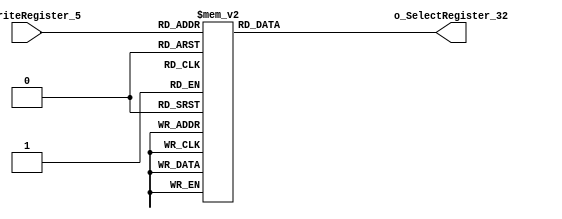
/******************************************************************
* Description
*	This a decoder used in the register file.
*	1.0
* Authors:
*	Mariana Chvez Medina
*	Daro Arias Muoz
* Date:
*	07/04/2020
******************************************************************/
module DecoderRegisterFile
(
	input [4:0] in_WriteRegister_5,
	output [31:0] o_SelectRegister_32
);
reg [31:0] r_SelectRegister_32;

always@(*)begin
	case(in_WriteRegister_5)
		0:    r_SelectRegister_32 = 32'b 0000_0000_0000_0000_0000_0000_0000_0001;
		1:	  r_SelectRegister_32 = 32'b 0000_0000_0000_0000_0000_0000_0000_0010;
		2:	  r_SelectRegister_32 = 32'b 0000_0000_0000_0000_0000_0000_0000_0100;
		3:	  r_SelectRegister_32 = 32'b 0000_0000_0000_0000_0000_0000_0000_1000;
		4:	  r_SelectRegister_32 = 32'b 0000_0000_0000_0000_0000_0000_0001_0000;		
		5:	  r_SelectRegister_32 = 32'b 0000_0000_0000_0000_0000_0000_0010_0000;
		6:	  r_SelectRegister_32 = 32'b 0000_0000_0000_0000_0000_0000_0100_0000;
		7:	  r_SelectRegister_32 = 32'b 0000_0000_0000_0000_0000_0000_1000_0000;
		8:	  r_SelectRegister_32 = 32'b 0000_0000_0000_0000_0000_0001_0000_0000;
		9:	  r_SelectRegister_32 = 32'b 0000_0000_0000_0000_0000_0010_0000_0000;
		10:   r_SelectRegister_32 = 32'b 0000_0000_0000_0000_0000_0100_0000_0000;
		11:   r_SelectRegister_32 = 32'b 0000_0000_0000_0000_0000_1000_0000_0000;
		12:   r_SelectRegister_32 = 32'b 0000_0000_0000_0000_0001_0000_0000_0000;
		13:   r_SelectRegister_32 = 32'b 0000_0000_0000_0000_0010_0000_0000_0000;
		14:   r_SelectRegister_32 = 32'b 0000_0000_0000_0000_0100_0000_0000_0000;
		15:   r_SelectRegister_32 = 32'b 0000_0000_0000_0000_1000_0000_0000_0000;
		16:   r_SelectRegister_32 = 32'b 0000_0000_0000_0001_0000_0000_0000_0000;
		17:   r_SelectRegister_32 = 32'b 0000_0000_0000_0010_0000_0000_0000_0000;
		18:   r_SelectRegister_32 = 32'b 0000_0000_0000_0100_0000_0000_0000_0000;
		19:   r_SelectRegister_32 = 32'b 0000_0000_0000_1000_0000_0000_0000_0000;
		20:   r_SelectRegister_32 = 32'b 0000_0000_0001_0000_0000_0000_0000_0000;
		21:   r_SelectRegister_32 = 32'b 0000_0000_0010_0000_0000_0000_0000_0000;		
		22:   r_SelectRegister_32 = 32'b 0000_0000_0100_0000_0000_0000_0000_0000;
		23:   r_SelectRegister_32 = 32'b 0000_0000_1000_0000_0000_0000_0000_0000;
		24:   r_SelectRegister_32 = 32'b 0000_0001_0000_0000_0000_0000_0000_0000;
		25:   r_SelectRegister_32 = 32'b 0000_0010_0000_0000_0000_0000_0000_0000;
		26:   r_SelectRegister_32 = 32'b 0000_0100_0000_0000_0000_0000_0000_0000;
		27:   r_SelectRegister_32 = 32'b 0000_1000_0000_0000_0000_0000_0000_0000;
		28:   r_SelectRegister_32 = 32'b 0001_0000_0000_0000_0000_0000_0000_0000;
		29:   r_SelectRegister_32 = 32'b 0010_0000_0000_0000_0000_0000_0000_0000;
		30:   r_SelectRegister_32 = 32'b 0100_0000_0000_0000_0000_0000_0000_0000;
		31:   r_SelectRegister_32 = 32'b 1000_0000_0000_0000_0000_0000_0000_0000;
	endcase
end

assign o_SelectRegister_32 = r_SelectRegister_32;

endmodule
//decoderregisterfile//